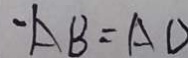
\cdot A B = A D